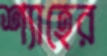
শ্যাহের